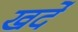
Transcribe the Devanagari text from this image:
खर्दे